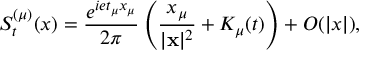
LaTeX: S _ { t } ^ { ( \mu ) } ( x ) = \frac { e ^ { i e t _ { \mu } x _ { \mu } } } { 2 \pi } \left( \frac { x _ { \mu } } { | { \bf x } | ^ { 2 } } + K _ { \mu } ( t ) \right) + O ( | x | ) ,